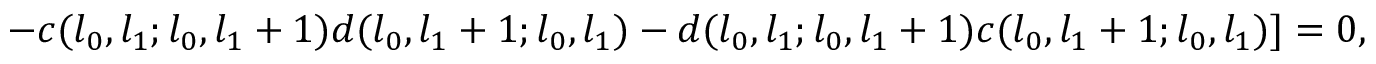
- c ( l _ { 0 } , l _ { 1 } ; l _ { 0 } , l _ { 1 } + 1 ) d ( l _ { 0 } , l _ { 1 } + 1 ; l _ { 0 } , l _ { 1 } ) - d ( l _ { 0 } , l _ { 1 } ; l _ { 0 } , l _ { 1 } + 1 ) c ( l _ { 0 } , l _ { 1 } + 1 ; l _ { 0 } , l _ { 1 } ) ] = 0 ,